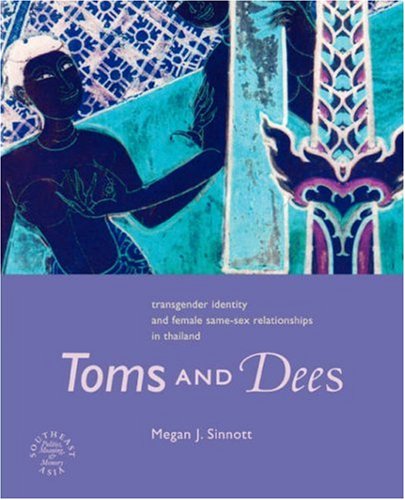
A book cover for Toms and Dees: Transgender Identity and Female Same-Sex Relationships in Thailand (Southeast Asia: Politics, Meaning, Memory.); Megan Sinnott; Gay & Lesbian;